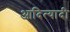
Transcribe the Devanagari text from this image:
आदित्यादी